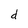
Character: d